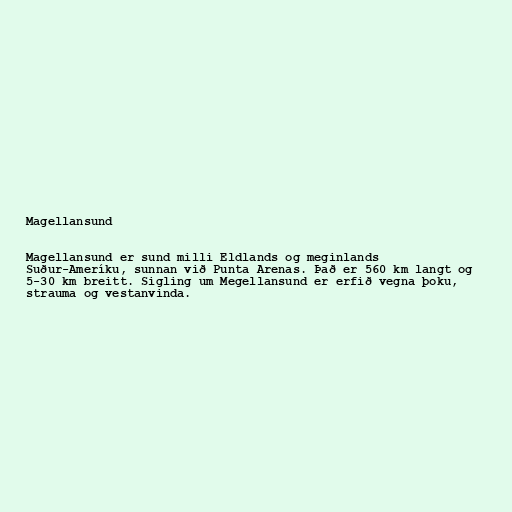
Magellansund

Magellansund er sund milli Eldlands og meginlands
Suður-Ameríku, sunnan við Punta Arenas. Það er 560 km langt og
5-30 km breitt. Sigling um Megellansund er erfið vegna þoku,
strauma og vestanvinda.